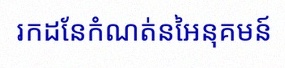
រកដែនកំណត់នៃអនុគមន៍